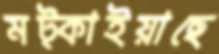
মট্‌কাইয়াছে